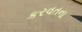
કરવતના